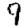
Digit: 9